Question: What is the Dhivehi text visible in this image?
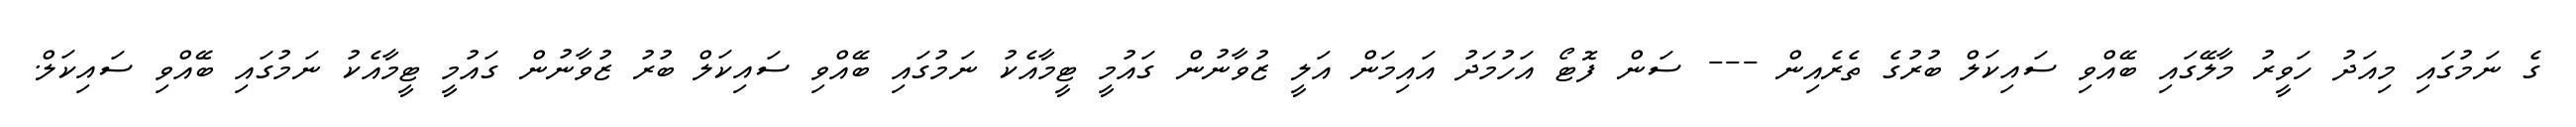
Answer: ގެ ނަމުގައި މިއަދު ހަވީރު މާލޭގައި ބޭއްވި ސައިކަލް ބުރުގެ ތެރެއިން --- ސަން ފޮޓޯ އަހުމަދު އައިމަން އަލީ ޒުވާނުން ގައުމީ ޓީމާއެކު ނަމުގައި ބޭއްވި ސައިކަލް ބުރު ޒުވާނުން ގައުމީ ޓީމާއެކު ނަމުގައި ބޭއްވި ސައިކަލް.